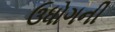
ઉધોગની